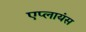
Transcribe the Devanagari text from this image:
एप्लायंस